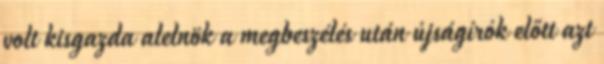
volt kisgazda alelnök a megbeszélés után újságírók előtt azt